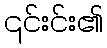
၎င်းင်း၏